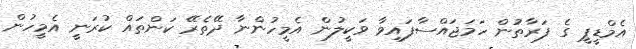
އެމްޑީޕީ ގެ ފަރާތުން ހަމަޖައްްސާފައިވާ ވަކީލުން އެމީހުންނާ ދޭތެރޭ ކަންތައް ކުރަނީ އެމީހުން